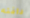
دافئه